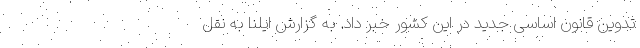
تدوین قانون اساسی جدید در این کشور خبر داد. به گزارش ایلنا به نقل